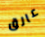
عالق